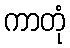
ကာတုံ